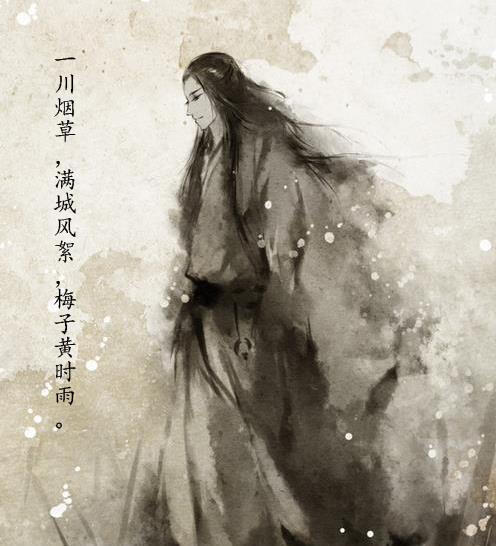
一川烟草，满城风絮，梅子黄时雨。